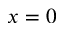
x = 0